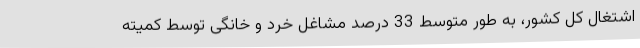
اشتغال کل کشور، به طور متوسط 33 درصد مشاغل خرد و خانگی توسط کمیته